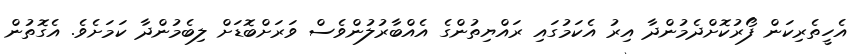
އެހީތެރިކަން ފޯރުކޮށްދެމުންދާ އިރު އެކަމުގައި ރައްޔިތުންގެ އެއްބާރުލުންވެސް ވަރަށްބޮޑަށް ލިބެމުންދާ ކަމަށެވެ. އެގޮތުން